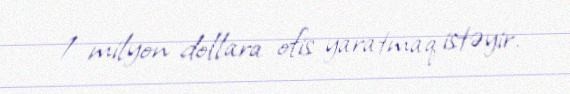
1 milyon dollara ofis yaratmaq istəyir.